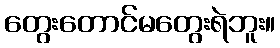
တွေးတောင်မတွေးရဲဘူး။